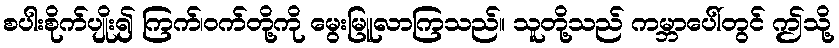
စပါးစိုက်ပျိုး၍ ကြက်၊ဝက်တို့ကို မွေးမြူလာကြသည်။ သူတို့သည် ကမ္ဘာပေါ်တွင် ဤသို့